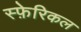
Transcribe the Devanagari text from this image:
स्फ़ेरिकल